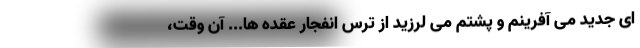
ای جدید می آفرینم و پشتم می لرزید از ترس انفجار عقده ها... آن وقت،